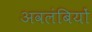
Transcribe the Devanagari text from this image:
अवलंबियों